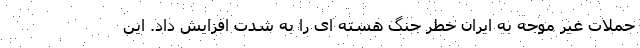
حملات غیر موجه به ایران خطر جنگ هسته ای را به شدت افزایش داد. این